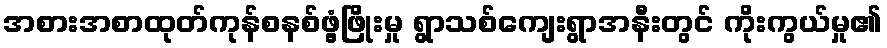
အစားအစာထုတ်ကုန်စနစ်ဖွံ့ဖြိုးမှု ရွာသစ်ကျေးရွာအနီးတွင် ကိုးကွယ်မှု၏